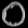
Digit: ၀